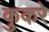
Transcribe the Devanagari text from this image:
कुकरे